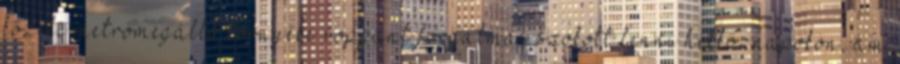
közeli metrómegálló környéke roppant forgalmas szokott lenni hétköznapokon, ám